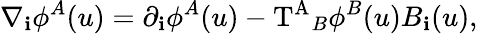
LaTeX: {\nabla}_{\mathbf{i}}{\phi}^{A}(u)={\partial}_{\mathbf{i}}{\phi}^{A}(u)-\mathrm{{T^{A}}}_{B}{\phi}^{B}(u)B_{\mathbf{i}}(u),